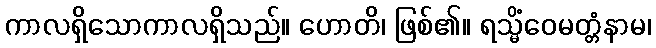
ကာလရှိသောကာလရှိသည်။ ဟောတိ၊ ဖြစ်၏။ ရသ္မိံဝေမတ္တံနာမ၊